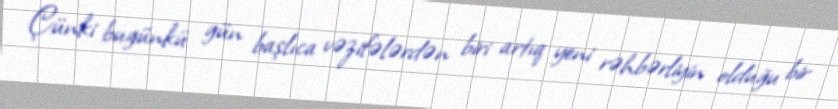
Çünki bugünkü gün başlıca vəzifələrdən biri artıq yeni rəhbərliyin olduğu bir